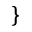
\}